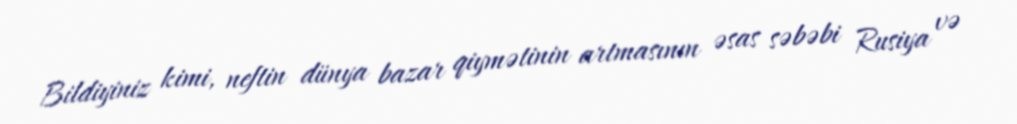
Bildiyiniz kimi, neftin dünya bazar qiymətinin artmasının əsas səbəbi Rusiya və